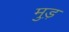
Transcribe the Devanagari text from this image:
मुड़़